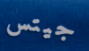
جيتس